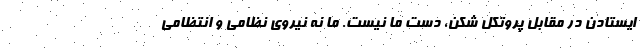
ایستادن در مقابل پروتکل شکن، دست ما نیست. ما نه نیروی نظامی و انتظامی